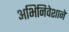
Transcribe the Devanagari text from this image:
अभिनिवेशाने